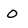
Character: O